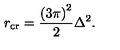
r _ { \mathrm { c r } } = \frac { \left( 3 \pi \right) ^ { 2 } } { 2 } \Delta ^ { 2 } .